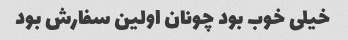
خیلی خوب بود چونان اولین سفارش بود